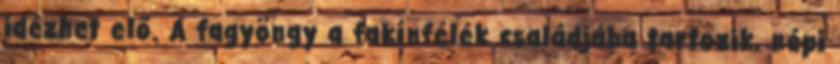
idézhet elő. A fagyöngy a fakínfélék családjába tartozik, népi